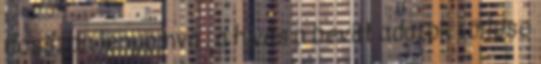
hosszan lenyomva ; a hívás a bevitt adatok törlése